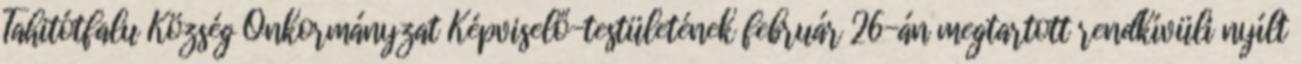
Tahitótfalu Község Önkormányzat Képviselő-testületének február 26-án megtartott rendkívüli nyílt